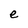
Character: e